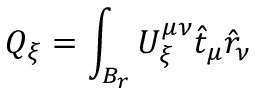
Q _ { \xi } = \int _ { { \cal { B } } _ { r } } U _ { \xi } ^ { \mu \nu } \hat { t } _ { \mu } \hat { r } _ { \nu }